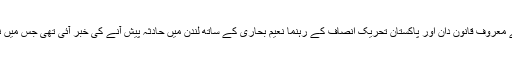
تفصیلات کے مطابق کچھ روز پہلے معروف قانون دان اور پاکستان تحریک انصاف کے رہنما نعیم بحاری کے ساتھ لندن میں حادثہ پیش آنے کی خبر آئی تھی جس میں نعیم بخاری کو شدید چوٹیں آئی تھیں۔